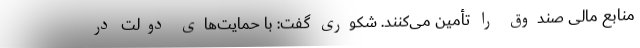
منابع مالی صندوق را تأمین می‌کنند. شکوری گفت: با حمایت‌های دولت در